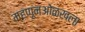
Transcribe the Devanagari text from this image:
म्हणूनओळखला